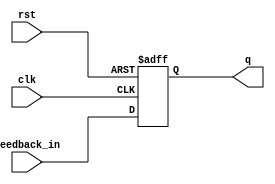
module FeedbackRegister (
    input wire clk,           // Clock signal
    input wire rst,           // Asynchronous reset signal
    input wire feedback_in,    // Feedback input
    output reg q             // Output of the register
);

// Asynchronous reset and capture on clock edge
always @(posedge clk or posedge rst) begin
    if (rst) begin
        q <= 1'b0;           // Reset to 0
    end else begin
        q <= feedback_in;    // Update output with the feedback input
    end
end

endmodule